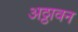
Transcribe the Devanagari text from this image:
अठ्ठावन